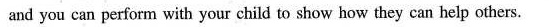
and you can perform with your child to show how they can help others.